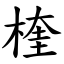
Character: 楏